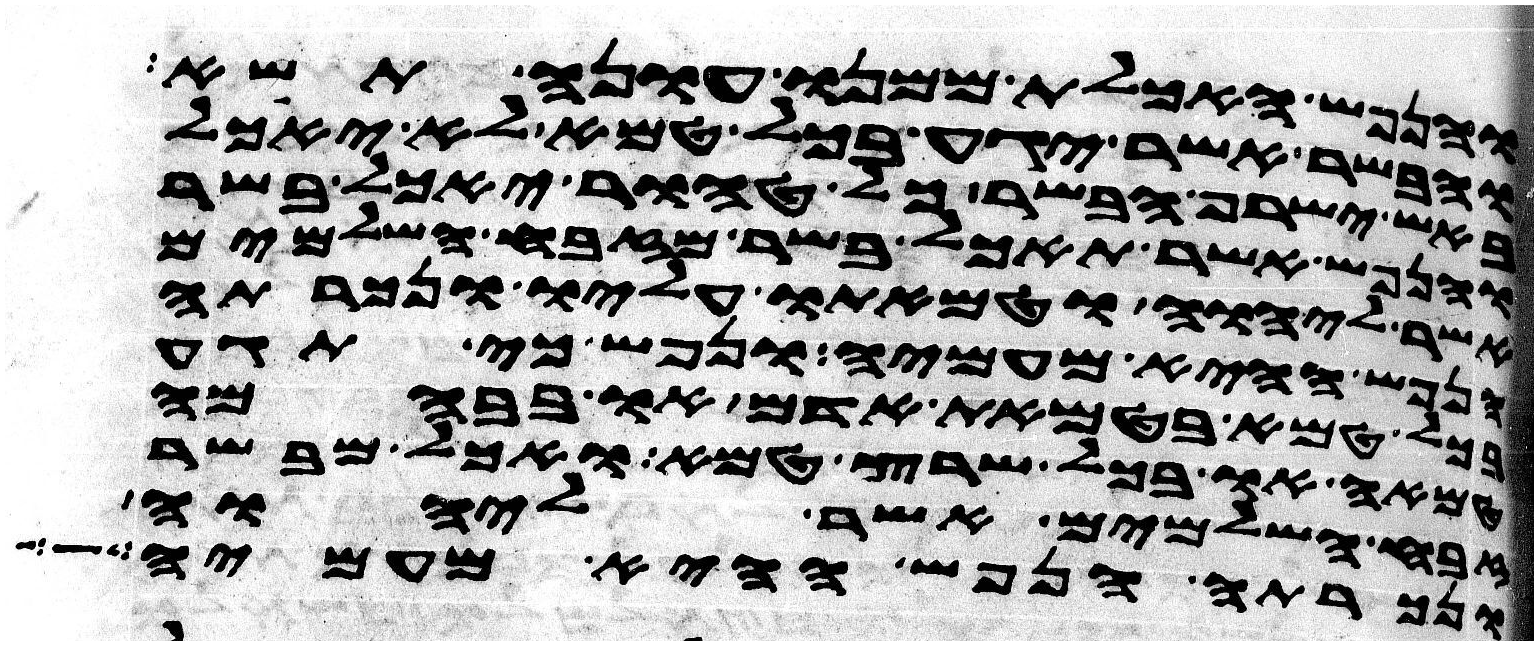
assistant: והנפש האכלת ממנו עונה תשא
והבשר אשר יגע בכל טמא לא יאכל
באש ישרף הבשר כל טהור יאכל בשר
והנפש אשר תאכל בשר מזבח השלמים
אשר ליהוה וטמאתו עליו ונכרתה
הנפש ההיא מעמיה ונפש כי תגע
בכל טמא בטמאת אדם או בבהמה
טמאה או בכל שרץ טמא ואכל מבשר
זבח השלמים אשר ליהוה
ונכרתה הנפש ההיא מעמיה